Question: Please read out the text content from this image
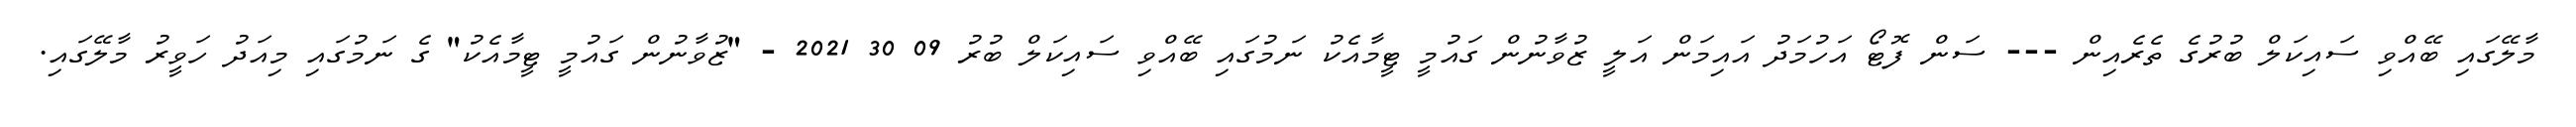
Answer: މާލޭގައި ބޭއްވި ސައިކަލް ބުރުގެ ތެރެއިން --- ސަން ފޮޓޯ އަހުމަދު އައިމަން އަލީ ޒުވާނުން ގައުމީ ޓީމާއެކު ނަމުގައި ބޭއްވި ސައިކަލް ބުރު 09 30 2021 - "ޒުވާނުން ގައުމީ ޓީމާއެކު" ގެ ނަމުގައި މިއަދު ހަވީރު މާލޭގައި.